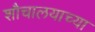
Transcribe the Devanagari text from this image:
शौचालयाच्या